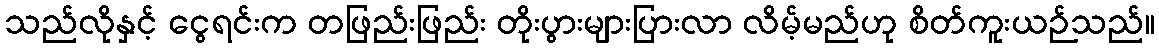
သည်လိုနှင့် ငွေရင်းက တဖြည်းဖြည်း တိုးပွားများပြားလာ လိမ့်မည်ဟု စိတ်ကူးယဉ်သည်။